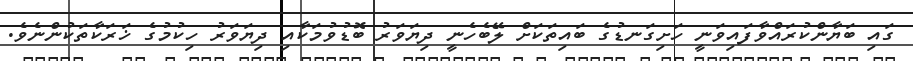
ގައި ބަޔާންކުރައްވާފައިވަނީ ހަށިގަނޑުގެ ބައިތަކަށް ލޭބެހެނީ ދިޔަވަރު ބޮޑުވުމަކާއި ދިޔަވަރު ހިކުމުގެ ޚަރަކާތަކުންނެވެ.